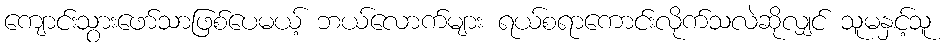
ကျောင်းသွားဖော်သာဖြစ်ပေမယ့် ဘယ်လောက်များ ရယ်စရာကောင်းလိုက်သလဲဆိုလျှင် သူမနှင့်သူ